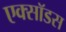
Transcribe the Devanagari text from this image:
एक्सॉडस